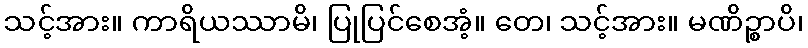
သင့်အား။ ကာရိယဿာမိ၊ ပြုပြင်စေအံ့။ တေ၊ သင့်အား။ မဏိဉ္စာပိ၊